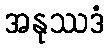
အနုဿဒံ